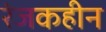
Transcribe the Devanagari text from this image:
रंजकहीन